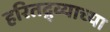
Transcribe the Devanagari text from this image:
हरितद्र्व्याच्या